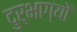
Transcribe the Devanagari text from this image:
दुर्भाग्यों